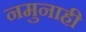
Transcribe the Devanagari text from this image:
नमुनाही